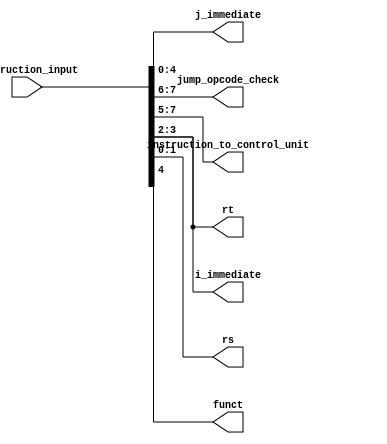
`timescale 1ns / 1ns

module instruction_reg (j_immediate, jump_opcode_check, instruction_to_control_unit, rt, rs, i_immediate, funct, instruction_input);
//Input
input wire [7:0] instruction_input;
//Output
output reg [4:0] j_immediate;
output reg [1:0] jump_opcode_check;
output reg [2:0] instruction_to_control_unit;
output reg [1:0] rt;
output reg [1:0] rs;
output reg [1:0] i_immediate;
output reg funct;

//Instructions
initial 
	begin
		j_immediate <= 8'b0;
		jump_opcode_check <= 2'b0;
		funct <= 1'b0;
		instruction_to_control_unit <= 3'b0;
		rt <= 2'b0;
		rs <= 2'b0;
		i_immediate <= 2'b0;
	end

always @(instruction_input)
	begin
		j_immediate <= instruction_input[4:0];
		jump_opcode_check <= instruction_input[7:6];
		funct <= instruction_input[4];
		instruction_to_control_unit <= instruction_input[7:5];
		rt <= instruction_input [3:2];
		rs <= instruction_input [1:0];
		i_immediate <= instruction_input [3:2];
	end

endmodule